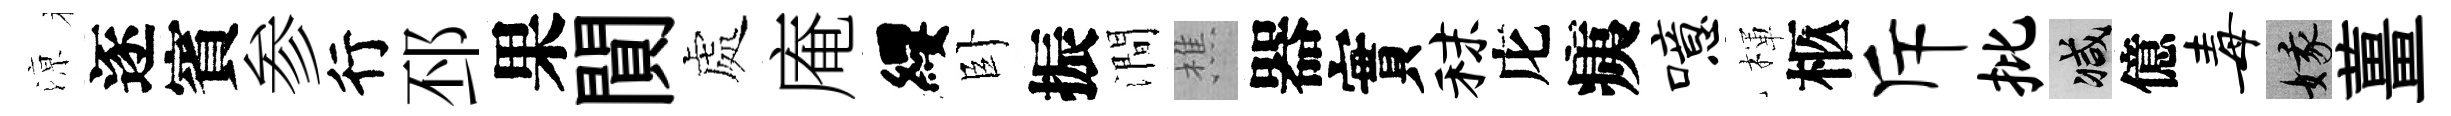
鿌逐賓参行邳果閴處庵纓卧振澗樵器實秣庀痍噫楎柩斥批减億毒娥薑